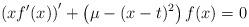
LaTeX: \begin{align*}\left(x f^\prime(x)\right)^\prime +\left(\mu-(x-t)^2\right)f(x)=0\end{align*}